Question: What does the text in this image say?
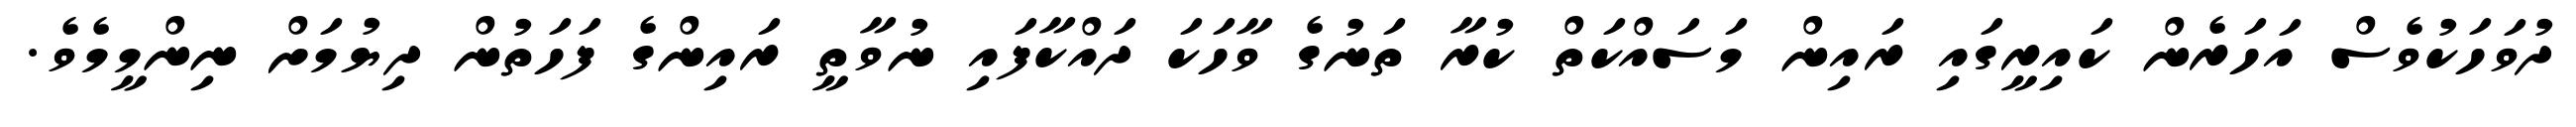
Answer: ދުވަހަކުވެސް އަހަރެން ކައިރީގައި ރައިން މަސައްކަތް ކުރާ ތަނުގެ ވާހަކަ ދައްކާފައި ނުވާތީ ރައިންގެ ފަހަތުން ދިޔުމަށް ނިންމީމެވެ.